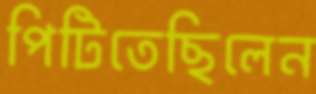
পিটিতেছিলেন